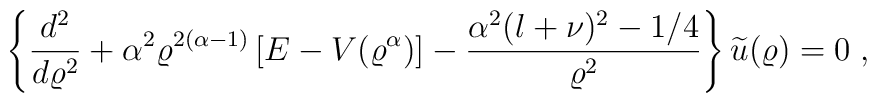
\left\{ \frac{d^{2} }{d \varrho^{2}}+\alpha^{2} \varrho^{2(\alpha-1)} \left[E - V( \varrho^{\alpha})  \right]- \frac{ \alpha^{2} (l + \nu)^{2} - 1/4 }{ \varrho^{2} }\right\} \widetilde{u} (\varrho) = 0\;  ,